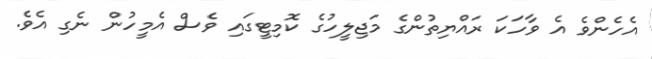
އެހެންވެ އެ ވާހަކަ ރައްޔިތުންގެ މަޖިލީހުގެ ކޮމިޓީގައި ވެސް އެމީހުން ނެގި އެވެ.